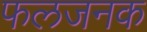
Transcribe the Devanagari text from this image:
फलजनक